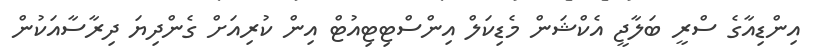
އިންޑިއާގެ ސްރީ ބަލާޖީ އެކްޝަން މެޑިކަލް އިންސްޓިޓިއުޓް އިން ކުރިއަށް ގެންދިޔަ ދިރާސާއަކުން